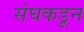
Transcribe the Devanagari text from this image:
संघकडून